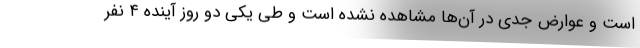
است و عوارض جدی در آن‌ها مشاهده نشده است و طی یکی دو روز آینده ۴ نفر